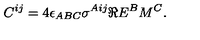
C ^ { i j } = 4 \epsilon _ { A B C } \sigma ^ { A i j } \Re E ^ { B } M ^ { C } .